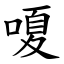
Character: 嗄